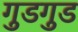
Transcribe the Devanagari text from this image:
गुडगुड